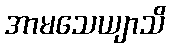
အာမသေယျာသိ